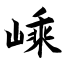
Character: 嵊